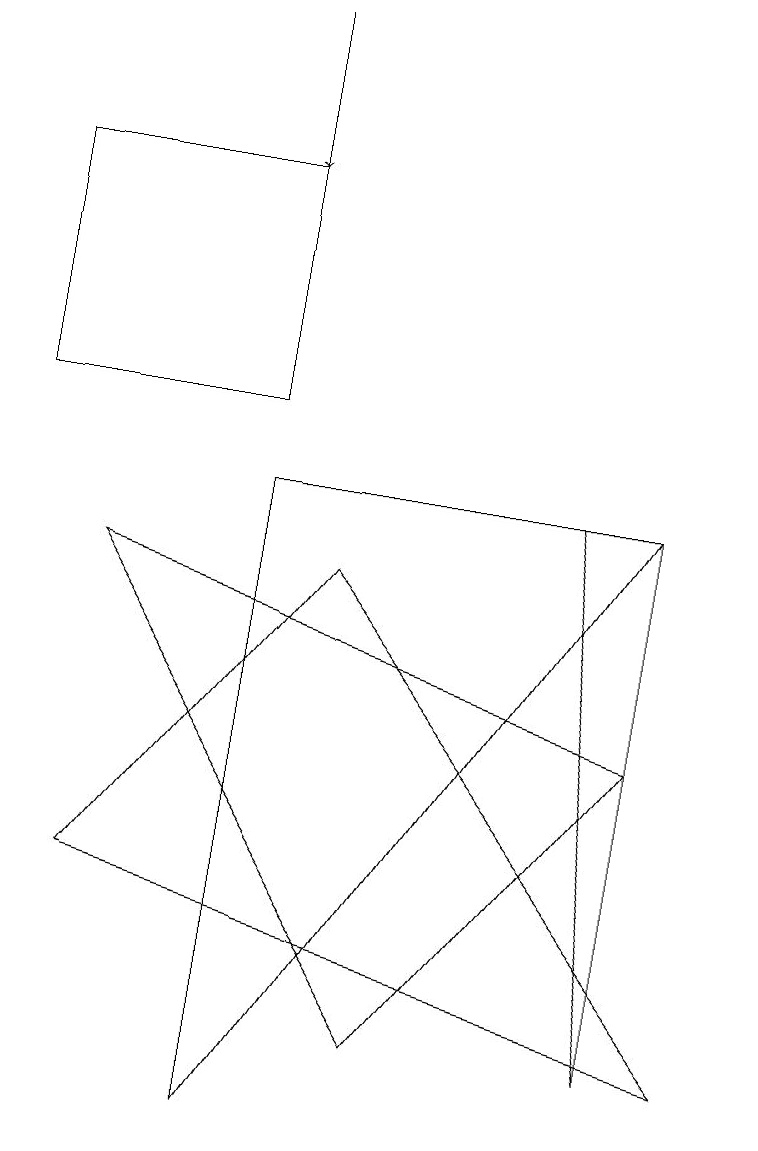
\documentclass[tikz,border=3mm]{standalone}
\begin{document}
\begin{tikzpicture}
\draw (3,10) rectangle (0,13);
\draw (1,4) -- (9,2) -- (4,8) -- cycle;
\draw (1,8) -- (8,6) -- (5,2) -- cycle;
\draw[->] (3,15) -- (3,13);
\draw (7,9) -- (8,2) -- (8,9) -- cycle;
\draw (8,9) -- (3,9) -- (3,1) -- cycle;
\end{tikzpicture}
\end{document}